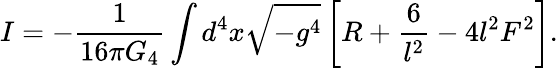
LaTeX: I=-{\frac{1}{16\pi G_{4}}}\int d^{4}x\sqrt{-g^{4}}\left[R+{\frac{6}{l^{2}}}-4l^{2}F^{2}\right].